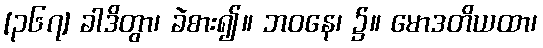
[၃၆၇] ခါဒိတွာ၊ ခဲစား၍။ ဘဝနေ၊ ၌။ မောဒတိယထာ၊